Civil Veterinary Department. United Provinces 1923-31 - 1923-1931
Year: 1923
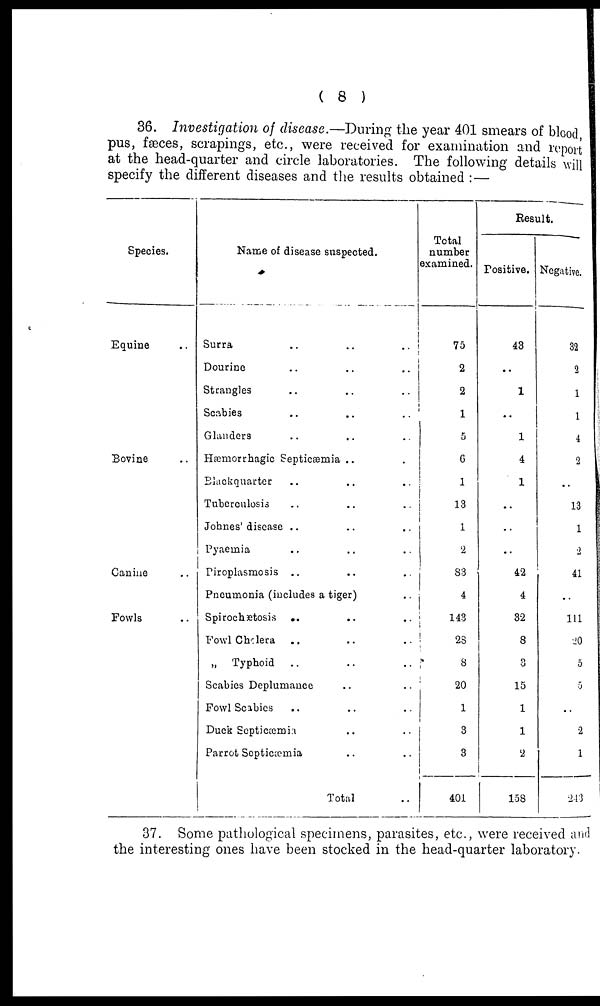
(8)
36. Investigation of disease.—During the year 401 smears of blood,
pus, faeces, scrapings, etc., were received for examination and report
at the head-quarter and circle laboratories. The following details will
specify the different diseases and the results obtained:—
Species.
Equine
Bovine
Canine
Fowls
Name of disease suspected.
Surra .. .. ..
Dourine .. .. ..
Strangles
Scabies
Glanders
Hæmorrhagic Septicæmia .. ..
Blackquarter .. .. ..
Tuberculosis
Johnes' disease .. .. ..
Pyaemia
Piroplasmosis .. .. ..
Pneumonia (includes a tiger) ..
Spirochætosis .. .. ..
Fowl Cholera .. .. ..
„ Typhoid .. .. ..
Scabies Deplumance .. ..
Fowl Scabies
Duck Septicæmia .. ..
Parrot Septicæmia .. ..
Total
Total
number
examined.
75
2
2
1
5
6
1
13
1
2
83
4
143
28
8
20
1
3
3_
401
Result.
Positive.
43
..
1
..
1
4
1
..
..
..
42
4
32
8
3
15
1
1
2
158
Negative.
32
2
1
1
4
2
..
13
1
2
41
..
111
20
5
5
..
2
1
243
37. Some pathological specimens, parasites, etc., were received and
the interesting ones have been stocked in the head-quarter laboratory.